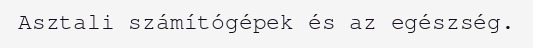
Asztali számítógépek és az egészség.